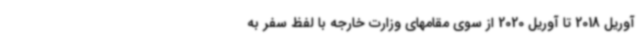
آوریل 2018 تا آوریل 2020 از سوی مقامهای وزارت خارجه با لفظ سفر به